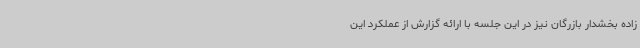
زاده بخشدار بازرگان نیز در این جلسه با ارائه گزارش از عملکرد این